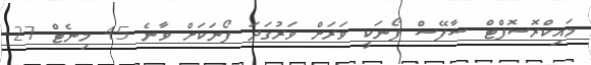
މައިކްރޮސޮފްޓް ސާފޭސް ފޯނަކީ ވަރަށް ވަރުގަދަ ފޯނަކަށް ވާނެ 45 މިނެޓް 27